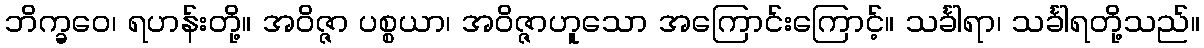
ဘိက္ခဝေ၊ ရဟန်းတို့။ အဝိဇ္ဇာ ပစ္စယာ၊ အဝိဇ္ဇာဟူသော အကြောင်းကြောင့်။ သင်္ခါရာ၊ သင်္ခါရတို့သည်။